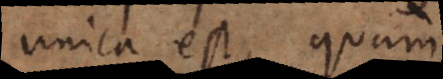
unica est, quam